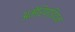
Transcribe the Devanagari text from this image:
अमेरिण्डियन